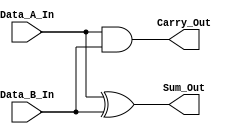
/*
**************************************************
                Half Adder
**************************************************

This is a verilog code, to implement a Half Adder.

--------------------------------------------------
Author : Prasad Narayan Ghatol
--------------------------------------------------
*/



module Half_Adder (
    input  Data_A_In,
    input  Data_B_In,

    output Sum_Out,
    output Carry_Out
);



// --------------------------------------------------
// Assignments
// --------------------------------------------------
assign Sum_Out = Data_A_In ^ Data_B_In;

assign Carry_Out = Data_A_In & Data_B_In;



endmodule